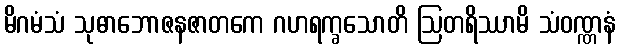
မိဂမံသံ သုဓာဘောဇနဇာတကေ ဂဟရက္ခသောတိ ဩတရိဿာမိ သံဝဏ္ဏနံ